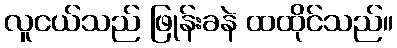
လူငယ်သည် ဖြုန်းခနဲ ထထိုင်သည်။